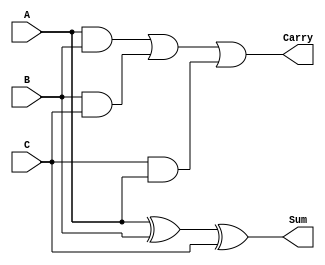
module FullAdder3Input (
    input  [N-1:0] A,
    input  [N-1:0] B,
    input  [N-1:0] C,
    output [N-1:0] Sum,
    output [N-1:0] Carry
);
    parameter N = 4; // Width of the inputs (number of bits)
    
    assign Sum = A ^ B ^ C; // Sum without carry
    assign Carry = (A & B) | (B & C) | (C & A); // Carry
endmodule